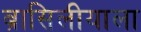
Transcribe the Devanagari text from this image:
ब्रासिलीयाला